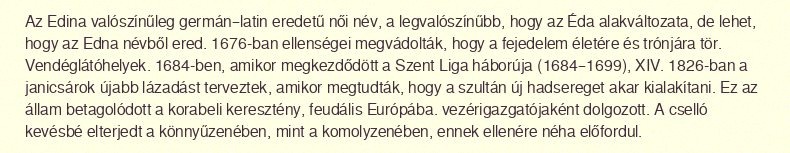
Az Edina valószínűleg germán–latin eredetű női név, a legvalószínűbb, hogy az Éda alakváltozata, de lehet, hogy az Edna névből ered. 1676-ban ellenségei megvádolták, hogy a fejedelem életére és trónjára tör. Vendéglátóhelyek. 1684-ben, amikor megkezdődött a Szent Liga háborúja (1684–1699), XIV. 1826-ban a janicsárok újabb lázadást terveztek, amikor megtudták, hogy a szultán új hadsereget akar kialakítani. Ez az állam betagolódott a korabeli keresztény, feudális Európába. vezérigazgatójaként dolgozott. A cselló kevésbé elterjedt a könnyűzenében, mint a komolyzenében, ennek ellenére néha előfordul.